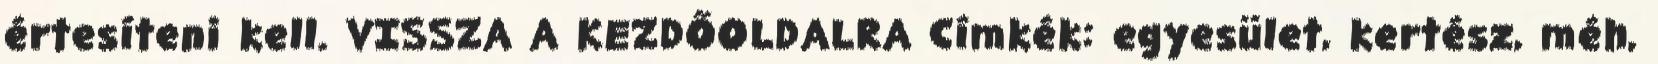
értesíteni kell. VISSZA A KEZDŐOLDALRA Címkék: egyesület, kertész, méh,